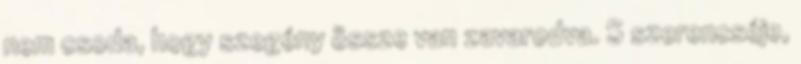
nem csoda, hogy szegény össze van zavarodva. S szerencséje,